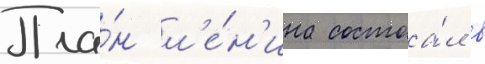
Пла́н л'е́н'ина состоа́л в